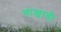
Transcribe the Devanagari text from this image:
चाखावी